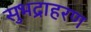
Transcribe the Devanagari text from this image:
सुभद्राहरण